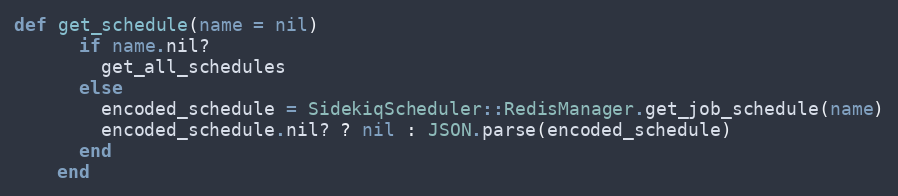
Language: Ruby
def get_schedule(name = nil)
      if name.nil?
        get_all_schedules
      else
        encoded_schedule = SidekiqScheduler::RedisManager.get_job_schedule(name)
        encoded_schedule.nil? ? nil : JSON.parse(encoded_schedule)
      end
    end